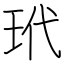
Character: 玳